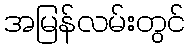
အမြန်လမ်းတွင်